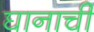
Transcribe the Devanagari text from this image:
घानाची